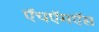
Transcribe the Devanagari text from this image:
ऍचऍमऍस